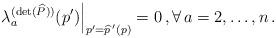
LaTeX: \begin{align*} \left.\lambda^{(\det(\widehat P))}_a(p')\right|_{p'=\widehat{p\,}'(p)}=0\,,\forall\,a=2,\ldots,n\,.\end{align*}